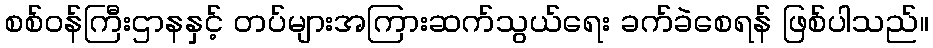
စစ်ဝန်ကြီးဌာနနှင့် တပ်များအကြားဆက်သွယ်ရေး ခက်ခဲစေရန် ဖြစ်ပါသည်။